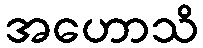
အဟောသိ